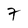
Character: 7